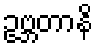
ဥဗ္ဘတာနိ